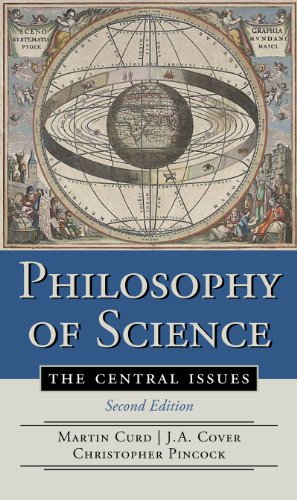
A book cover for Philosophy of Science: The Central Issues (Second Edition); J. A. Cover; Politics & Social Sciences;